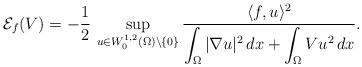
LaTeX: \begin{align*}\mathcal{E}_f(V)=-\frac{1}{2}\,\sup_{u\in W^{1,2}_0(\Omega)\setminus\{0\}}\frac{\langle f,u\rangle^2}{\displaystyle\int_\Omega|\nabla u|^2\,dx+\int_\Omega Vu^2\,dx}.\end{align*}